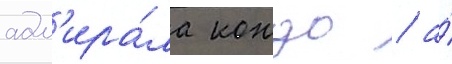
адм'ира́ла кондо / а́